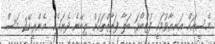
މެސީއަށް އަނިޔާވުމަކީ ފުޓްބޯޅަ ބަލާ ފަރާތްތަކަށް ލިބޭނެ ދެރައެއް  އެންރީކޭ2 މަސް